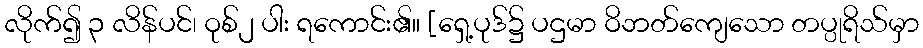
လိုက်၍ ၃ လိန်ပင်၊ ဝုစ်၂ ပါး ရကောင်း၏။ [ရှေ့ပုဒ်၌ ပဌမာ ဝိဘတ်ကျေသော တပ္ပုရိသ်မှာ